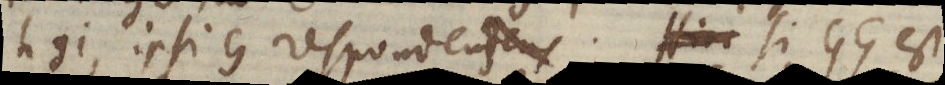
hgi, ipsi G respondensens. Hinc si GG est